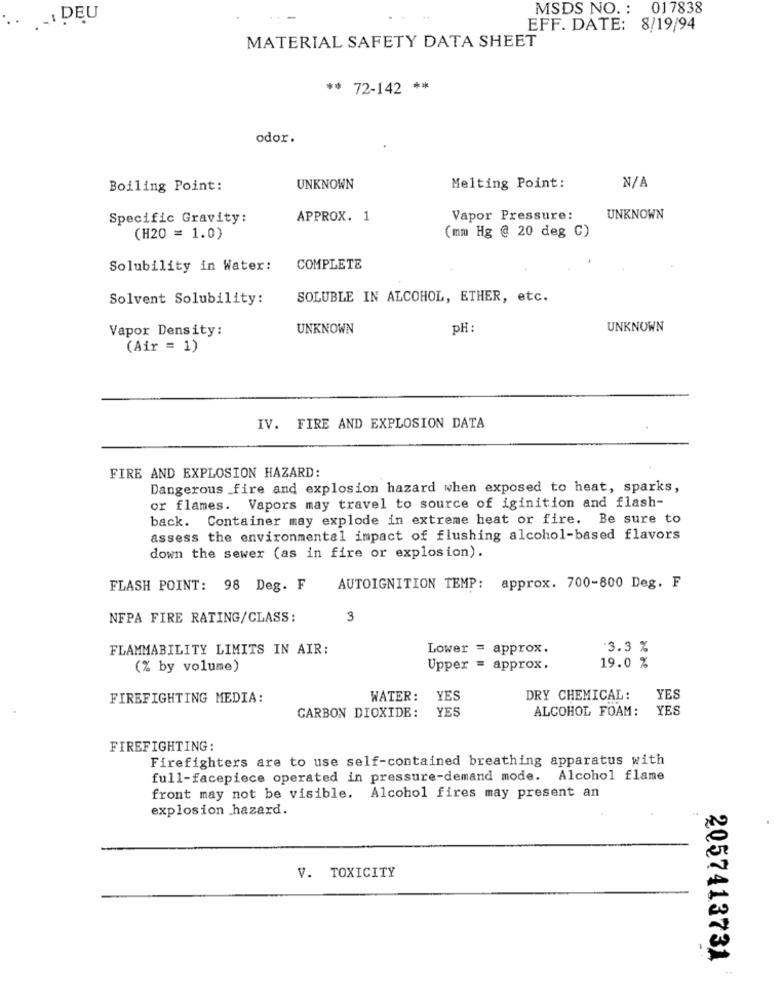
MSDS NO. : 017838
.. ... DEU
EFF. DATE: 8/19/94
MATERIAL SAFETY DATA SHEET
* 72-142 **
odor.
Boiling Point:
UNKNOWN
Melting Point:
Specific Gravity:
APPROX. 1
Vapor Pressure:
UNKNOWN
(mm Hg @ 20 deg C)
(H20 = 1.0)
Solubility in Water:
COMPLETE
Solvent Solubility:
SOLUBLE IN ALCOHOL, ETHER, etc.
Vapor Density:
UNKNOWN
PH :
UNKNOWN
(Air = 1)
IV. FIRE AND EXPLOSION DATA
FIRE AND EXPLOSION HAZARD:
Dangerous fire and explosion hazard when exposed to heat, sparks,
or flames. Vapors may travel to source of iginition and flash-
back. Container may explode in extreme heat or fire. Be sure to
assess the environmental impact of flushing alcohol-based flavors
down the sewer (as in fire or explosion).
FLASH POINT: 98 Deg. F
AUTOIGNITION TEMP: approx. 700-800 Deg. F
NFPA FIRE RATING/CLASS:
3
FLAMMABILITY LIMITS IN AIR:
Lower = approx.
3.3 %
(% by volume)
Upper = approx.
19.0 %
FIREFIGHTING MEDIA:
WATER: YES
DRY CHEMICAL:
YES
ALCOHOL FOAM:
YES
CARBON DIOXIDE: YES
FIREFIGHTING:
Firefighters are to use self-contained breathing apparatus with
full-facepiece operated in pressure-demand mode. Alcohol flame
front may not be visible. Alcohol fires may present an
explosion hazard.
V. TOXICITY
2057413731